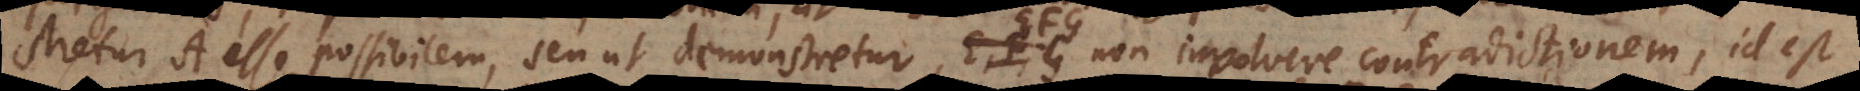
stretur A esse possibilem, seu ut demonstretur, EFG non involvere contradictionem, id est